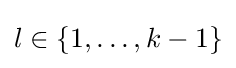
l\in \{1,\ldots ,k-1\}